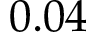
0 . 0 4